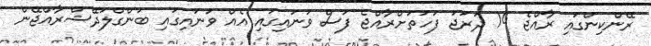
ރޭންކިންގައި ރާއްޖެ 14 ދަރަޖަ ފަހަތަށްރާއްޖެ ފަސް ވަނައިގައި އެއް ވަނައިގައި ބަންގްލަދޭޝްރާއްޖޭން